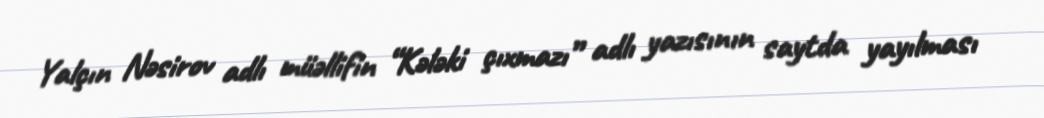
Yalçın Nəsirov adlı müəllifin “Kələki çıxmazı” adlı yazısının saytda yayılması